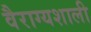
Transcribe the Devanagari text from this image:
वैराग्यशाली